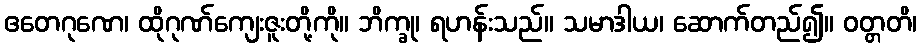
ဧတေဂုဏေ၊ ထိုဂုဏ်ကျေးဇူးတို့ကို။ ဘိက္ခု၊ ရဟန်းသည်။ သမာဒါယ၊ ဆောက်တည်၍။ ဝတ္တတိ၊